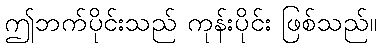
ဤဘက်ပိုင်းသည် ကုန်းပိုင်း ဖြစ်သည်။